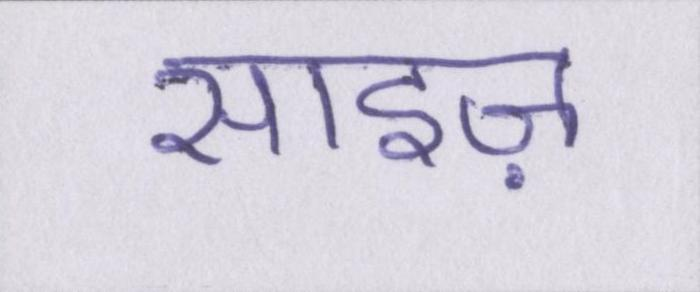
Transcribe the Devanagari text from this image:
साइज़